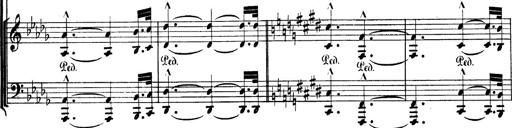
Title: BÃ©nÃ©diction et serment
Composer: Franz Liszt